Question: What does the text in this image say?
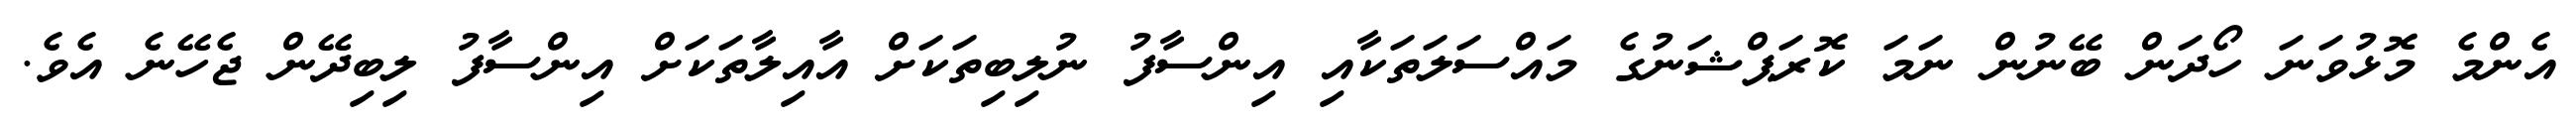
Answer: އެންމެ މޮޅުވަނަ ހޯދަން ބޭނުން ނަމަ ކޮރަޕްޝަނުގެ މައްސަލަތަކާއި އިންސާފު ނުލިބިތަކަށް އާއިލާތަކަށް އިންސާފު ލިބިދޭން ޖެހޭނެ އެވެ.